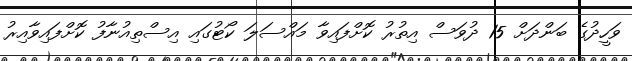
ވަހީދުގެ ބަންދަށް 15 ދުވަސް އިތުރު ކޮށްފައިވާ މައްސަލަ ކޯޓުގައި އިސްތިއުނާފު ކޮށްފައިވާއިރު